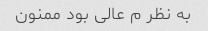
به نظر م عالی بود ممنون